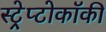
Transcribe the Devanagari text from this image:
स्ट्रेप्टोकॉकी